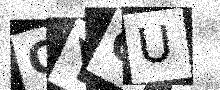
Text: OYOU